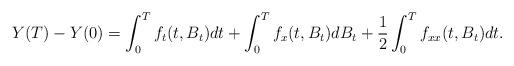
LaTeX: \begin{align*}Y(T) - Y(0) = \int^T_0 f_t (t, B_t) dt + \int^T_0 f_x ( t, B_t) dB_t + \frac{1}{2} \int^T_0 f_{xx}(t, B_t) dt.\end{align*}